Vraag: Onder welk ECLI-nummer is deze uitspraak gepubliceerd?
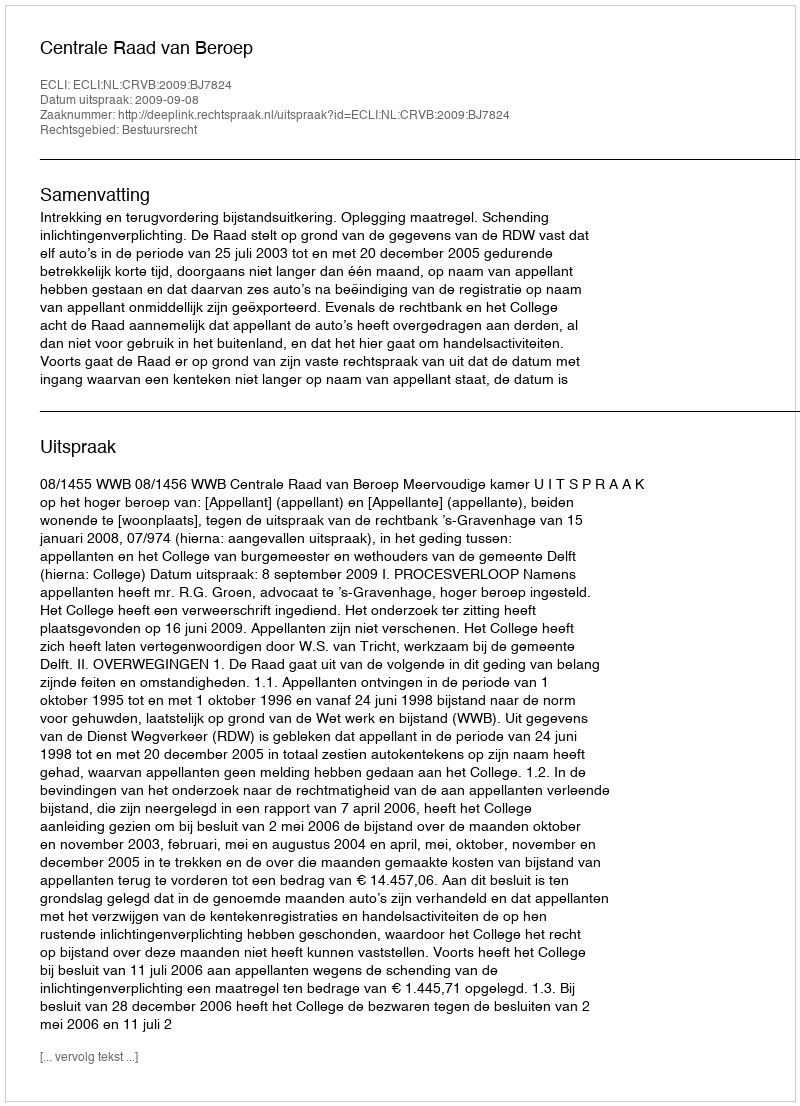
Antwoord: ECLI:NL:CRVB:2009:BJ7824